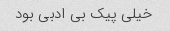
خیلی پیک بی ادبی بود